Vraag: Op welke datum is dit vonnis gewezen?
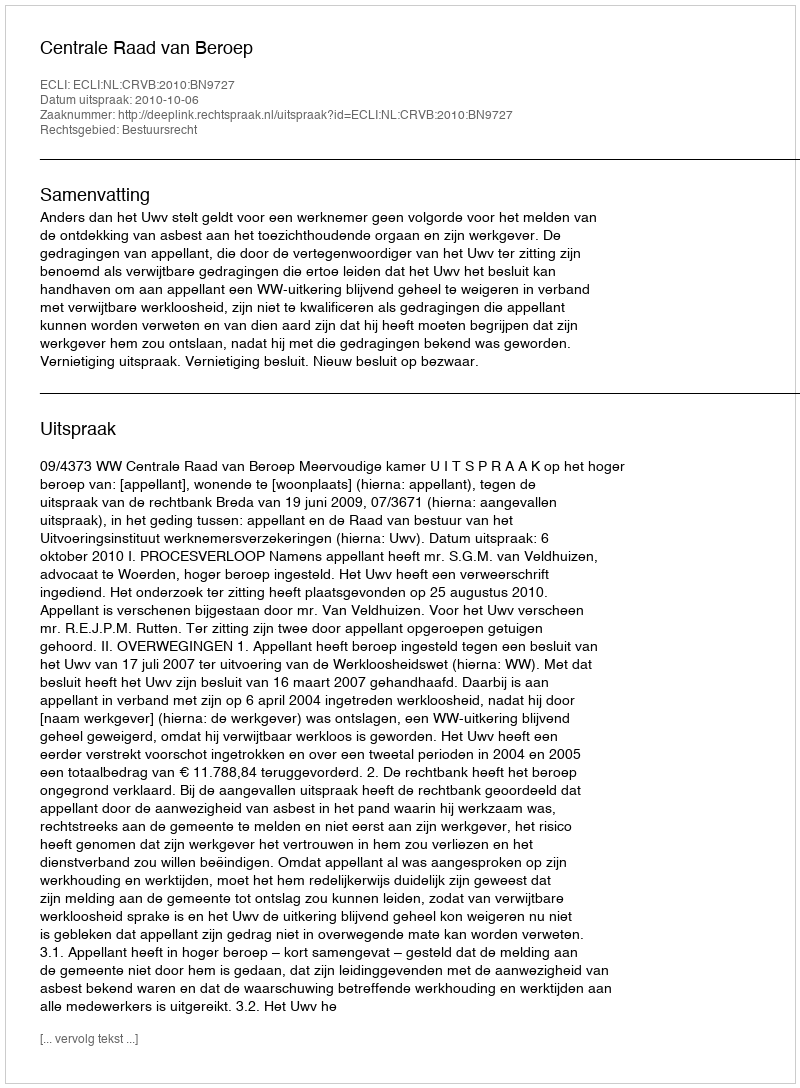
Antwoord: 2010-10-06